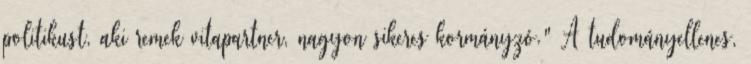
politikust, aki remek vitapartner, nagyon sikeres kormányzó." A tudományellenes,